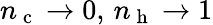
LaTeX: n_{\mathrm{~c~}}\to 0,\, n_{\mathrm{~h~}}\to 1